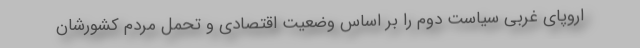
اروپای غربی سیاست دوم را بر اساس وضعیت اقتصادی و تحمل مردم کشورشان